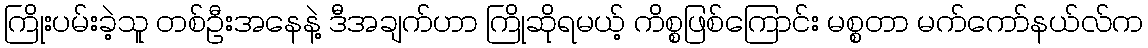
ကြိုးပမ်းခဲ့သူ တစ်ဦးအနေနဲ့ ဒီအချက်ဟာ ကြိုဆိုရမယ့် ကိစ္စဖြစ်ကြောင်း မစ္စတာ မက်ကော်နယ်လ်က